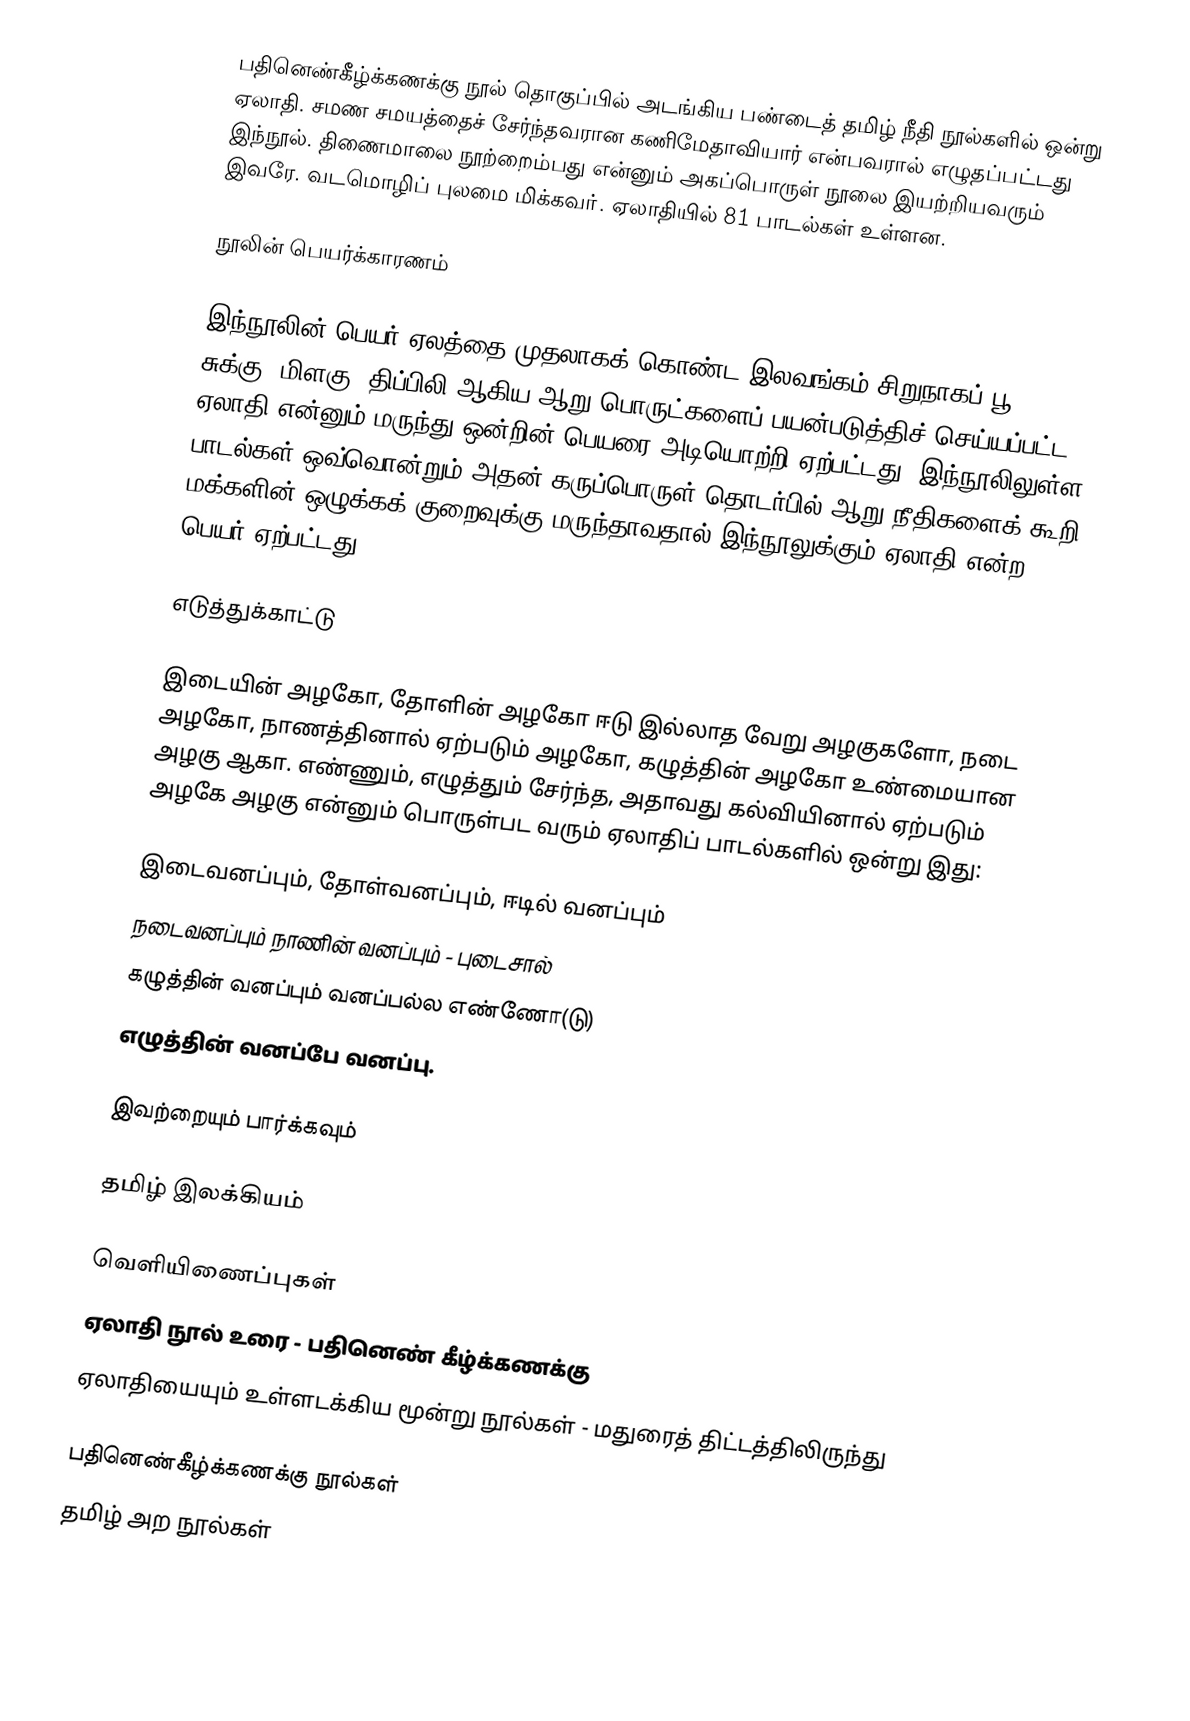
பதினெண்கீழ்க்கணக்கு நூல் தொகுப்பில் அடங்கிய பண்டைத் தமிழ் நீதி நூல்களில் ஒன்று ஏலாதி. சமண சமயத்தைச் சேர்ந்தவரான கணிமேதாவியார் என்பவரால் எழுதப்பட்டது இந்நூல். திணைமாலை நூற்றைம்பது என்னும் அகப்பொருள் நூலை இயற்றியவரும் இவரே. வடமொழிப் புலமை மிக்கவா்.  ஏலாதியில் 81 பாடல்கள் உள்ளன.

நூலின் பெயர்க்காரணம்

இந்நூலின் பெயர் ஏலத்தை முதலாகக் கொண்ட இலவங்கம்,சிறுநாகப் பூ, சுக்கு, மிளகு, திப்பிலி ஆகிய ஆறு பொருட்களைப் பயன்படுத்திச் செய்யப்பட்ட ஏலாதி என்னும் மருந்து ஒன்றின் பெயரை அடியொற்றி ஏற்பட்டது. இந்நூலிலுள்ள பாடல்கள் ஒவ்வொன்றும் அதன் கருப்பொருள் தொடர்பில் ஆறு நீதிகளைக் கூறி மக்களின் ஒழுக்கக் குறைவுக்கு மருந்தாவதால் இந்நூலுக்கும் ஏலாதி என்ற பெயர் ஏற்பட்டது.

எடுத்துக்காட்டு

இடையின் அழகோ, தோளின் அழகோ  ஈடு இல்லாத வேறு அழகுகளோ, நடை அழகோ, நாணத்தினால் ஏற்படும் அழகோ, கழுத்தின் அழகோ உண்மையான அழகு ஆகா. எண்ணும், எழுத்தும் சேர்ந்த, அதாவது  கல்வியினால் ஏற்படும் அழகே அழகு என்னும் பொருள்பட வரும் ஏலாதிப் பாடல்களில் ஒன்று இது:

 இடைவனப்பும், தோள்வனப்பும், ஈடில் வனப்பும்
 நடைவனப்பும் நாணின் வனப்பும் - புடைசால்
 கழுத்தின் வனப்பும் வனப்பல்ல எண்ணோ(டு)
 எழுத்தின் வனப்பே வனப்பு.

இவற்றையும் பார்க்கவும்

 தமிழ் இலக்கியம்

வெளியிணைப்புகள்
 ஏலாதி நூல் உரை - பதினெண் கீழ்க்கணக்கு
 ஏலாதியையும் உள்ளடக்கிய மூன்று நூல்கள் - மதுரைத் திட்டத்திலிருந்து

பதினெண்கீழ்க்கணக்கு நூல்கள்
தமிழ் அற நூல்கள்